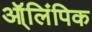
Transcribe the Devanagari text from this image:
ऑ्लिंपिक